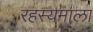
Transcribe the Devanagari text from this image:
रहस्यमाला